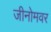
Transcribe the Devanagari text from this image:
जीनोमवर